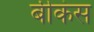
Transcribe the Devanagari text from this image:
बीकंस